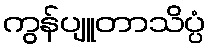
ကွန်ပျူတာသိပ္ပံ